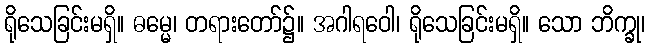
ရိုသေခြင်းမရှိ။ ဓမ္မေ၊ တရားတော်၌။ အဂါရဝေါ၊ ရိုသေခြင်းမရှိ။ သော ဘိက္ခု၊